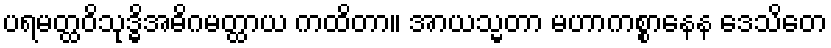
ပရမတ္ထဝိသုဒ္ဓိအဓိဂမတ္ထာယ ကထိတာ။ အာယသ္မတာ မဟာကစ္စာနေန ဒေသိတေ